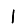
Digit: 1